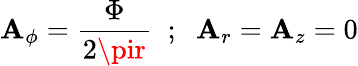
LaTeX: \mathbf{A}_{\phi}=\frac{{\Phi}}{{2\pir}}\; \; ;\; \; \mathbf{A}_{r}=\mathbf{A}_{z}=0